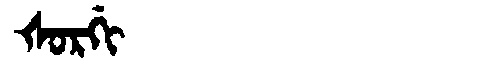
Manchu: ᡧᠣᡵᡤᡳ
Romanization: ŠORGI